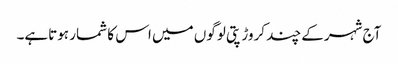
آج شہرکے چند کروڑپتی لوگوں میں اس کا شمار ہوتاہے۔